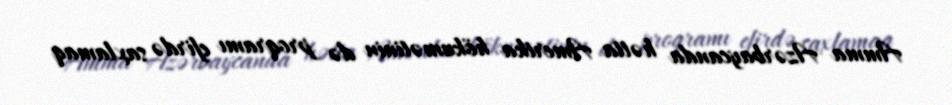
Amma Azərbaycanda hətta Amerika hökumətinin də proqramı efirdə saxlamaq